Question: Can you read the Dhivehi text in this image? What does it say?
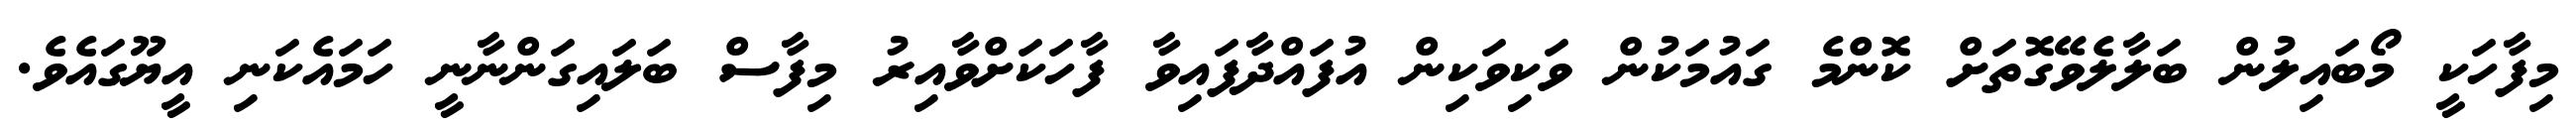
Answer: މިފާހަކީ މޯބައިލުން ބަލާލެވޭގޮތަށް ކޮންމެ ގައުމަކުން ވަކިވަކިން އުފައްދާފައިވާ ފާހަކަށްވާއިރު މިފާސް ބަލައިގަންނާނީ ހަމައެކަނި އީޔޫގައެވެ.